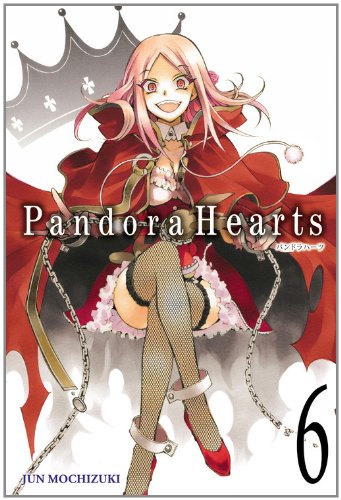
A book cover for Pandora Hearts, Vol. 6; Comics & Graphic Novels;